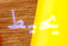
يحيط